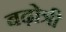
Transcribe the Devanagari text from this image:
बढ़ोत्री